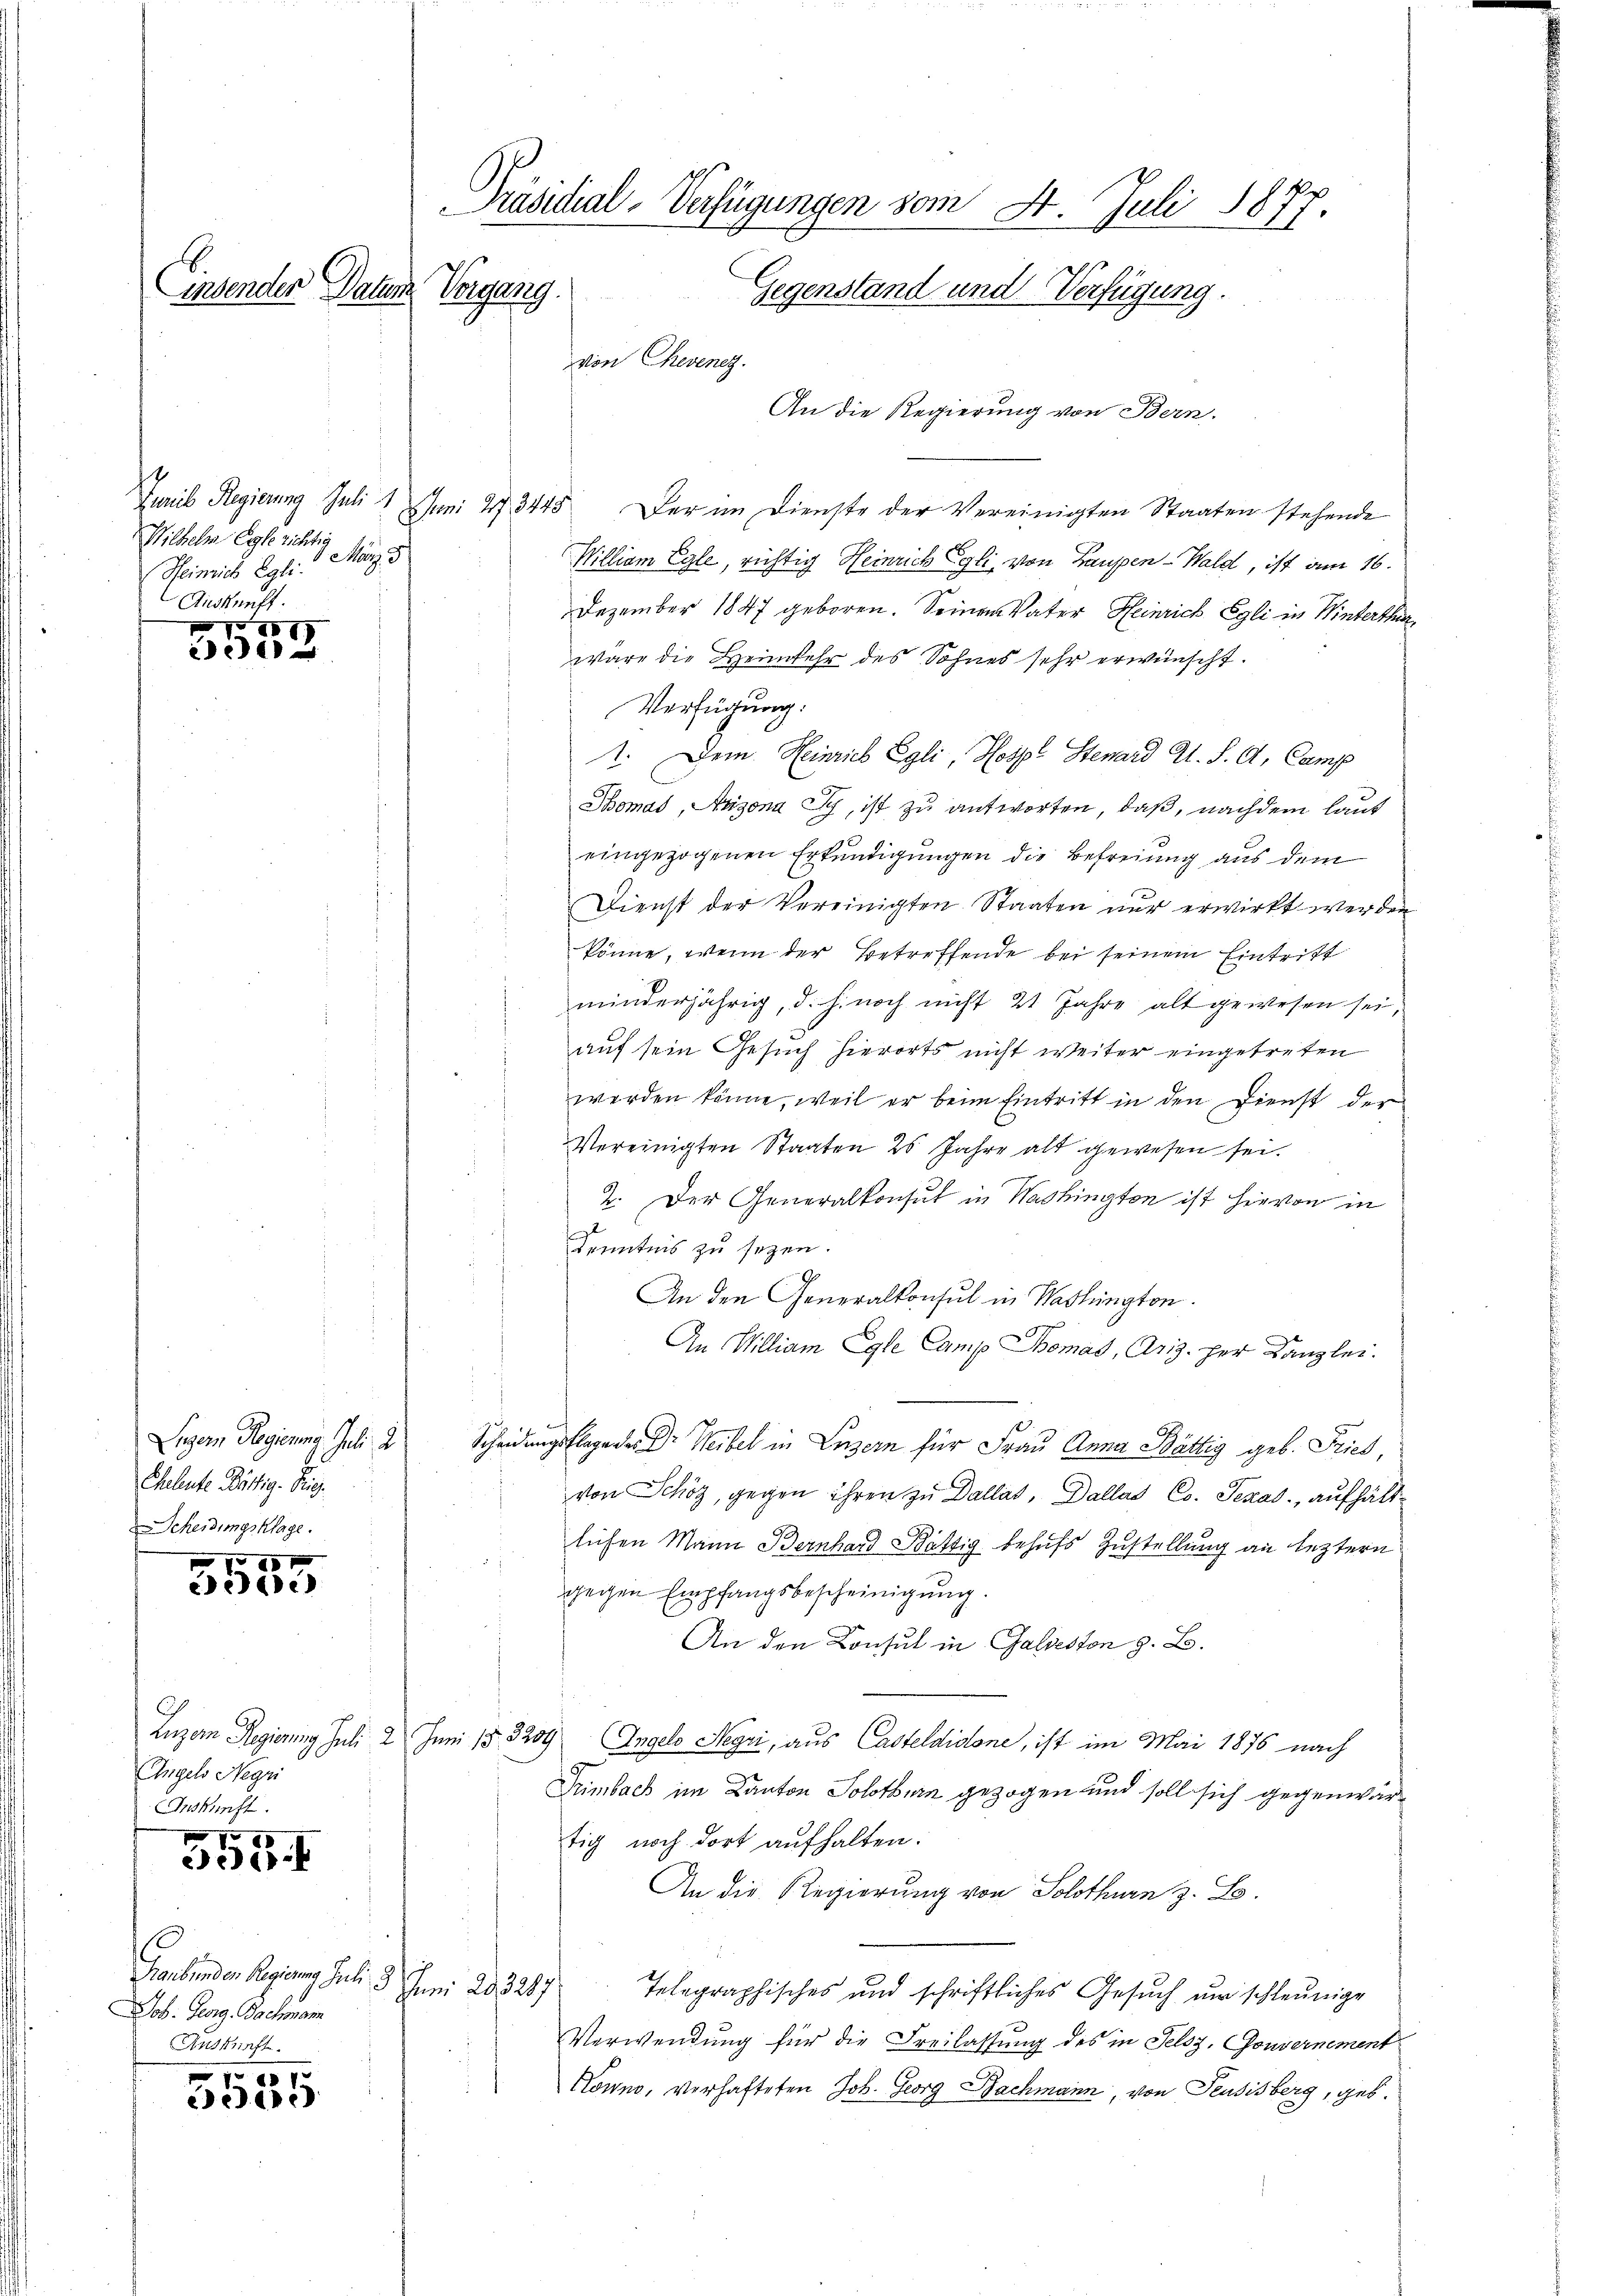
Präsidial-Verfügungen vom 4. Juli 1877.
Vergang
insenden Datum
Gegenstand und Verfügung.
von Chevenez.
An die Regierung von Bern.

Wilhelm Egle richtig
1. May
Heinrich Egli.
Auskunft.

28
e

Cheleute Bättig-Sig.
Scheidungsklage.
I

cede

Angels Negri
Inskunft.

7x
30.

Graubünden Regierung Juli d
b. Georg Bachman
Auskunft.

ad 1.
556

Juris Regierung Juli 1 Juni 273445. Der im Dienste der Vereinigten Staaten stehende
Willion Egle, richtig Heinrich Egli, von Laupen - Wald, ist am 16.
Dezember 1847 geboren. Seinen Vater Heinrich Egli in Winterthur,
wäre die Heimkehr des Sohnes sehr erwünscht.
Verfügung:
1. Dem Heinrich Egli, Hospe Stenard Gl. S. A. Camp
Thomas, Arzona Sc, ist zu antworten, daß, nachdem laut
eingezogenen Erkundigungen die Befreiung aus dem
Dienst der Vereinigten Staaten nur erwirkt werden
könne, wenn der Betreffende bei seinem Eintritt
minderjährig, d. h. noch nicht 21 Jahre alt gewesen sei,
auf sein Gesuch hierorts nicht weiter eingetreten
werden könne, weil er beim Eintritt in den Dienst der
Vereinigten Staaten 25 Jahre alt gewesen sei.
2. Der Generalkonsul in Washington ist hievon in
Kenntnis zu seyen.
An den Generalkonsul in Hadlington.
An William Egle Camp Bomas, Ariz. Der Kanzlei.
Luzern Regierung Juli 2 Scheidungsklage der Dr. Weibel in Luzern für Frau Anna Bättig geb. Fried,
von Schön, gegen ihren zu Dallat, Dallas Co. Texas, aufhält-
liefen Mann Bernhard Bättig behufs Zustellung an leztern
gegen Empfangsbescheinigung.
An den Consul in Galveston z. B.
Luzern Regierung Juli 2 Juni 18. 3209 Angelo Negri, aus Casteldidone, ist im Mai 1876 nach
Trimbach im Kanton Solothurn gezogen und soll sich gegenwärtig noch dort aufhalten.
An die Regierung von Solothurn z. B.
Jun. 293207/
Telegraphisches und schriftliches Gesuch um schleunige
Verwendung für die Freilassung des in Felsz, Gouvernement
Kowno, verhafteten Joh. Georg Bachmann, von Feusisberg, geb.